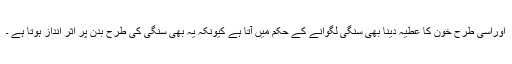
اوراسی طرح خون کا عطیہ دینا بھی سنگی لگوانے کے حکم میں آتا ہے کیونکہ یہ بھی سنگی کی طرح بدن پر اثر انداز ہوتا ہے ۔